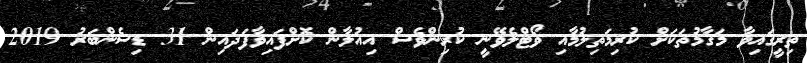
ތިރީގައިވާ މަގާމުތަކަށް ކުރިމަތިލުމާއި ވޯޓްލެވޭނީ ކުރިންވެސް އިއުލާން ކޮށްފައިވާފަދައިން 31 ޑިސެންބަރު 2019